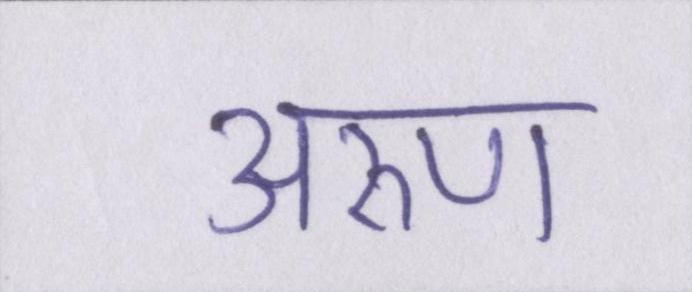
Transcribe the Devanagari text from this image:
अरुण